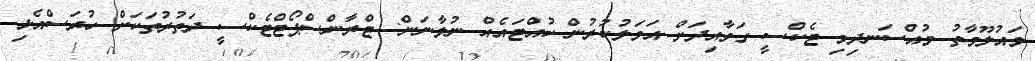
މައުލޫމާތު މުއްސަނދިވި ޓެކްސީ ގަވާއިދަށް އަމަލުކުރުން ހުއްޓައެއް ނުލާނަން: ޓްރާންސްޕޯޓްޓެކްސީ ދަތުރުތަކަށް ހުރަސްއެޅި